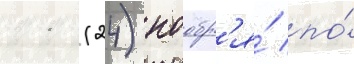
11 (24) ноабр'я́ по́